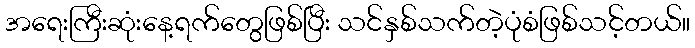
အရေးကြီးဆုံးနေ့ရက်တွေဖြစ်ပြီး သင်နှစ်သက်တဲ့ပုံစံဖြစ်သင့်တယ်။